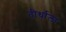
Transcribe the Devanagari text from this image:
तीर्थाला